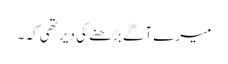
میرے آگے بڑھنے کی دیر تھی کہ ۔